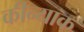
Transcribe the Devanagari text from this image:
कीन्याक